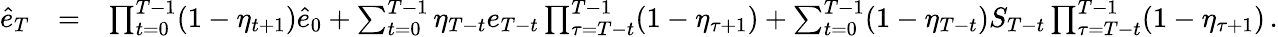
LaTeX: \begin{array}{rlr}{\hat{e}_{T}}&{=}&{\prod_{t=0}^{T-1}(1-\eta_{t+1})\hat{e}_{0}+\sum_{t=0}^{T-1}\eta_{T-t}e_{T-t}\prod_{\tau=T-t}^{T-1}(1-\eta_{\tau+1})+\sum_{t=0}^{T-1}(1-\eta_{T-t})S_{T-t}\prod_{\tau=T-t}^{T-1}(1-\eta_{\tau+1})\, .}\end{array}